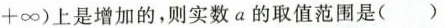
+ \infty)上是增加的，则实数a的取值范围是()